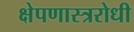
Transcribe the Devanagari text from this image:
क्षेपणास्त्ररोधी